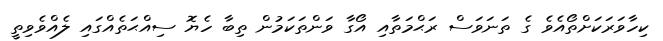
ކިހާވަރަކަށްތޯއެވެ ގެ ތަނަވަސް ރަޙްމަތާއި އޯގާ ވަންތަކަމުން ތިބާ ހެޔޮ ސިއްޙަތެއްގައި ލެއްވެވިތީ